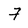
Character: F